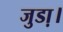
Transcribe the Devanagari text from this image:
जुडा़।